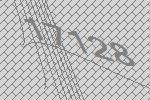
17128